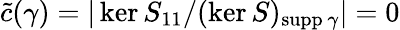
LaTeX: \widetilde c(\gamma)=|\ker S_{11}/(\ker S)_{\mathrm{supp}\, \gamma}|=0